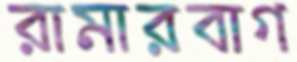
রামারবাগ